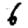
Digit: 6